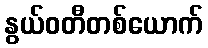
နွယ်ဝတီတစ်ယောက်